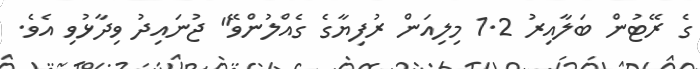
ގެ ރޭޓުން ބަލާއިރު 1.2 މިލިއަން ރުފިޔާގެ ގެއްލުންވޭ" ޖުނައިދު ވިދާޅުވި އެވެ.